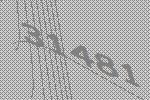
31481